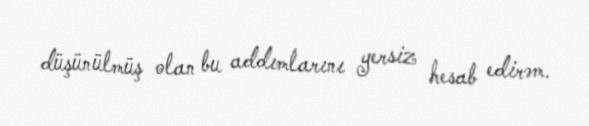
düşünülmüş olan bu addımlarını yersiz hesab edirəm.